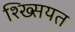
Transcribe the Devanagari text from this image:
श्ख्सियत